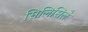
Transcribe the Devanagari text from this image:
सिलिसिले